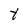
Character: t